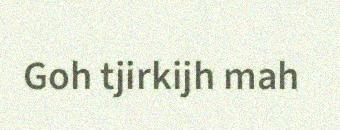
Goh tjirkijh mah